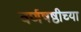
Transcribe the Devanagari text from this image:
वर्णषष्ठीच्या